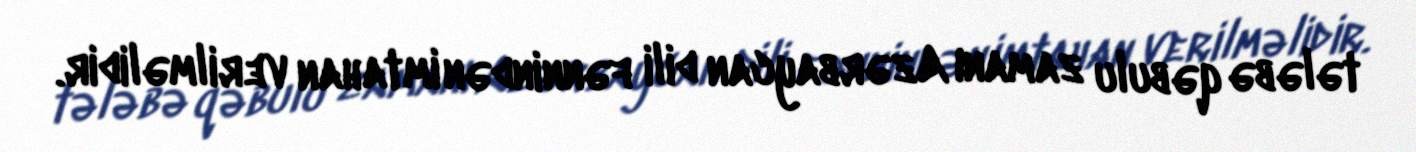
tələbə qəbulu zamanı Azərbaycan dili fənnindən imtahan verilməlidir.